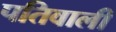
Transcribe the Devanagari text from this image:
पतिवाली